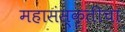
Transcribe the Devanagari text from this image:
महासंस्कृतीचा